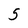
Character: 5